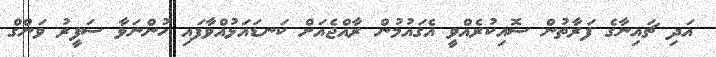
އަދި ޗައިނާގެ ފަރާތުން ސޮއިކުރެއްވީ އެގައުމުން ރާއްޖެއަށް ކަނޑައަޅުއްވާފައި ހުންނަވާ ސަފީރު ވަންގް